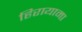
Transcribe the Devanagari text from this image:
हिरायामा